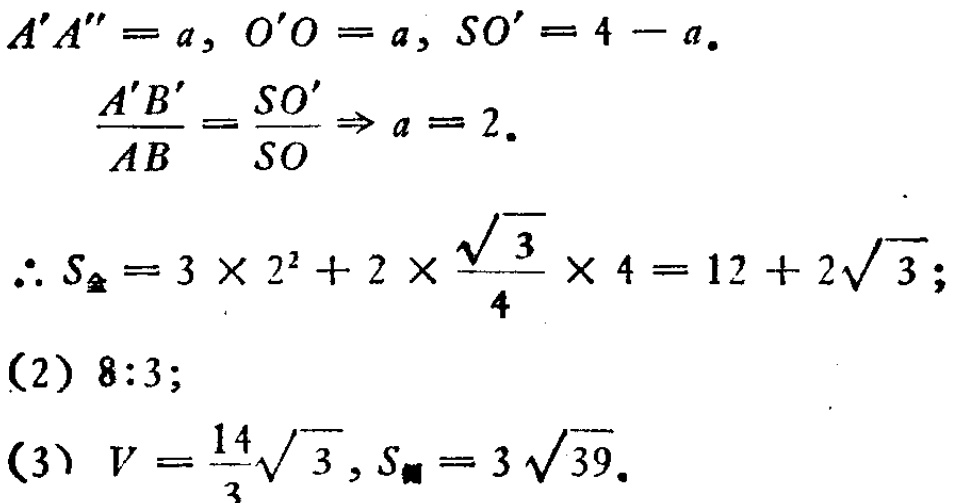
\[

\begin{align*}

A'A''&=a,\ O'O = a,\ SO'=4 - a.\\

\frac{A'B'}{AB}&=\frac{SO'}{SO}\Rightarrow a = 2.\\

\therefore S_{\text{全}}&=3\times2^{2}+2\times\frac{\sqrt{3}}{4}\times4 = 12 + 2\sqrt{3};\\

(2)&\ 8:3;\\

(3)\ V&=\frac{14}{3}\sqrt{3},S_{\text{侧}} = 3\sqrt{39}.

\end{align*}

\]